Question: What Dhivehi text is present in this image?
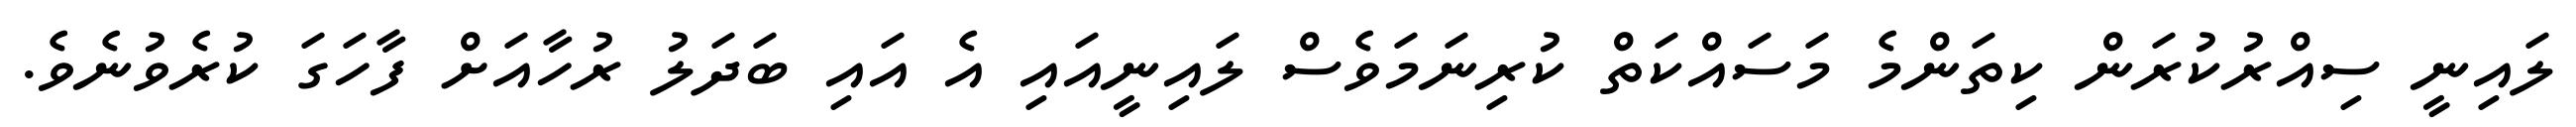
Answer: ލައިނީ ސިއްރުކުރަން ކިތަންމެ މަސައްކަތް ކުރިނަމަވެސް ލައިނީއައި އެ އައި ބަދަލު ރުހާއަށް ފާހަގަ ކުރެވުނެވެ.